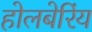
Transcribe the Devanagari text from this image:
होलबेरिंय